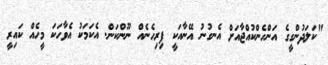
"ކަލަދުންގީގެ އަންހެންކުއްޖާއަށް އެނގުނު އޭނާއަކީ ފިރިހެނެއް ނޫންކަން. އެކަމަކު އެވާހަކަ މީހެއް ކައިރީ